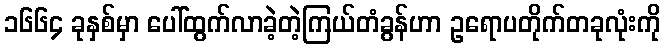
၁၆၆၄ ခုနှစ်မှာ ပေါ်ထွက်လာခဲ့တဲ့ကြယ်တံခွန်ဟာ ဥရောပတိုက်တခုလုံးကို